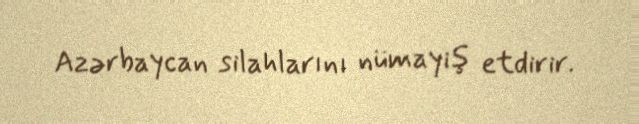
Azərbaycan silahlarını nümayiş etdirir.